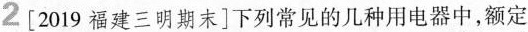
2[2019福建三明期末]下列常见的几种用电器中，额定